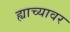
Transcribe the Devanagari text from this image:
ह्याच्यावर